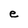
Character: e